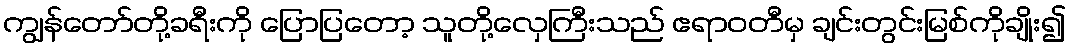
ကျွန်တော်တို့ခရီးကို ပြောပြတော့ သူတို့လှေကြီးသည် ဧရာဝတီမှ ချင်းတွင်းမြစ်ကိုချိုး၍